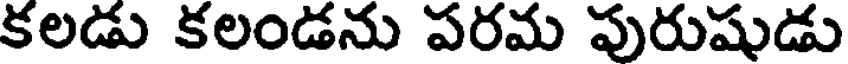
కలడు కలండను పరమ పురుషుడు